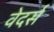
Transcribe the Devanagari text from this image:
वेदर्स